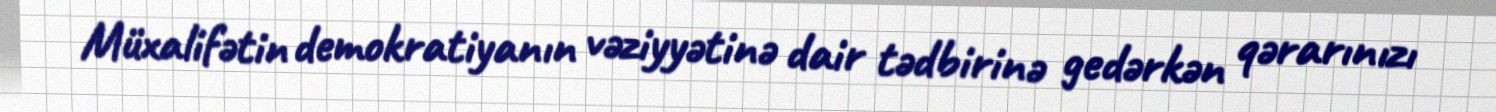
Müxalifətin demokratiyanın vəziyyətinə dair tədbirinə gedərkən qərarınızı